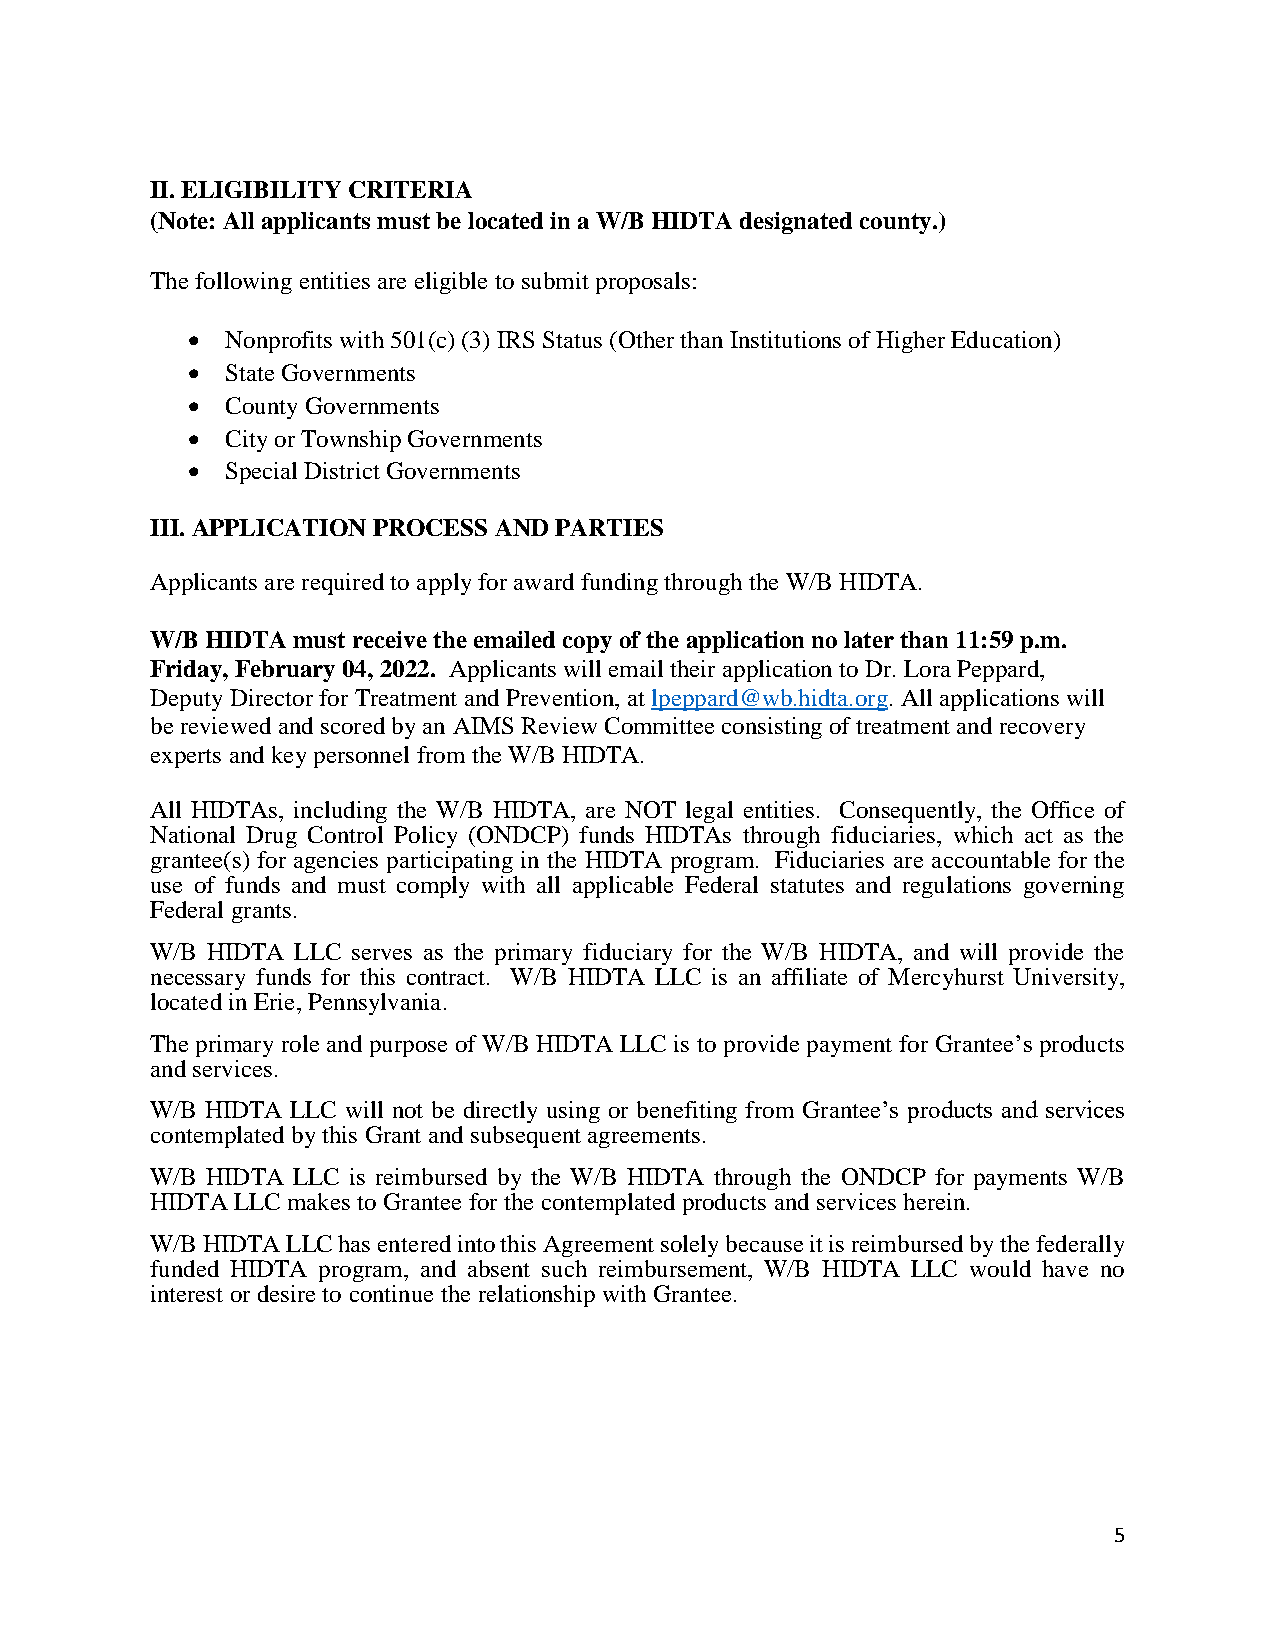
II. ELIGIBILITY CRITERIA
 (Note: All applicants must be located in a W/B HIDTA designated county.)
 The following entities are eligible to submit proposals:
   Nonprofits with 501(c) (3) IRS Status (Other than Institutions of Higher Education)
   State Governments
   County Governments
   City or Township Governments
   Special District Governments
 III. APPLICATION PROCESS AND PARTIES
 Applicants are required to apply for award funding through the W/B HIDTA.
 W/B HIDTA must receive the emailed copy of the application no later than 11:59 p.m.
 Friday, February 04, 2022. Applicants will email their application to Dr. Lora Peppard,
 Deputy Director for Treatment and Prevention, at lpeppard@wb.hidta.org. All applications will
 be reviewed and scored by an AIMS Review Committee consisting of treatment and recovery
 experts and key personnel from the W/B HIDTA.
 All HIDTAs, including the W/B HIDTA, are NOT legal entities. Consequently, the Office of
 National Drug Control Policy (ONDCP) funds HIDTAs through fiduciaries, which act as the
 grantee(s) for agencies participating in the HIDTA program. Fiduciaries are accountable for the
 use of funds and must comply with all applicable Federal statutes and regulations governing
 Federal grants.
 W/B HIDTA LLC serves as the primary fiduciary for the W/B HIDTA, and will provide the
 necessary funds for this contract. W/B HIDTA LLC is an affiliate of Mercyhurst University,
 located in Erie, Pennsylvania.
 The primary role and purpose of W/B HIDTA LLC is to provide payment for Grantee’s products
 and services.
 W/B HIDTA LLC will not be directly using or benefiting from Grantee’s products and services
 contemplated by this Grant and subsequent agreements.
 W/B HIDTA LLC is reimbursed by the W/B HIDTA through the ONDCP for payments W/B
 HIDTA LLC makes to Grantee for the contemplated products and services herein.
 W/B HIDTA LLC has entered into this Agreement solely because it is reimbursed by the federally
 funded HIDTA program, and absent such reimbursement, W/B HIDTA LLC would have no
 interest or desire to continue the relationship with Grantee.
 5